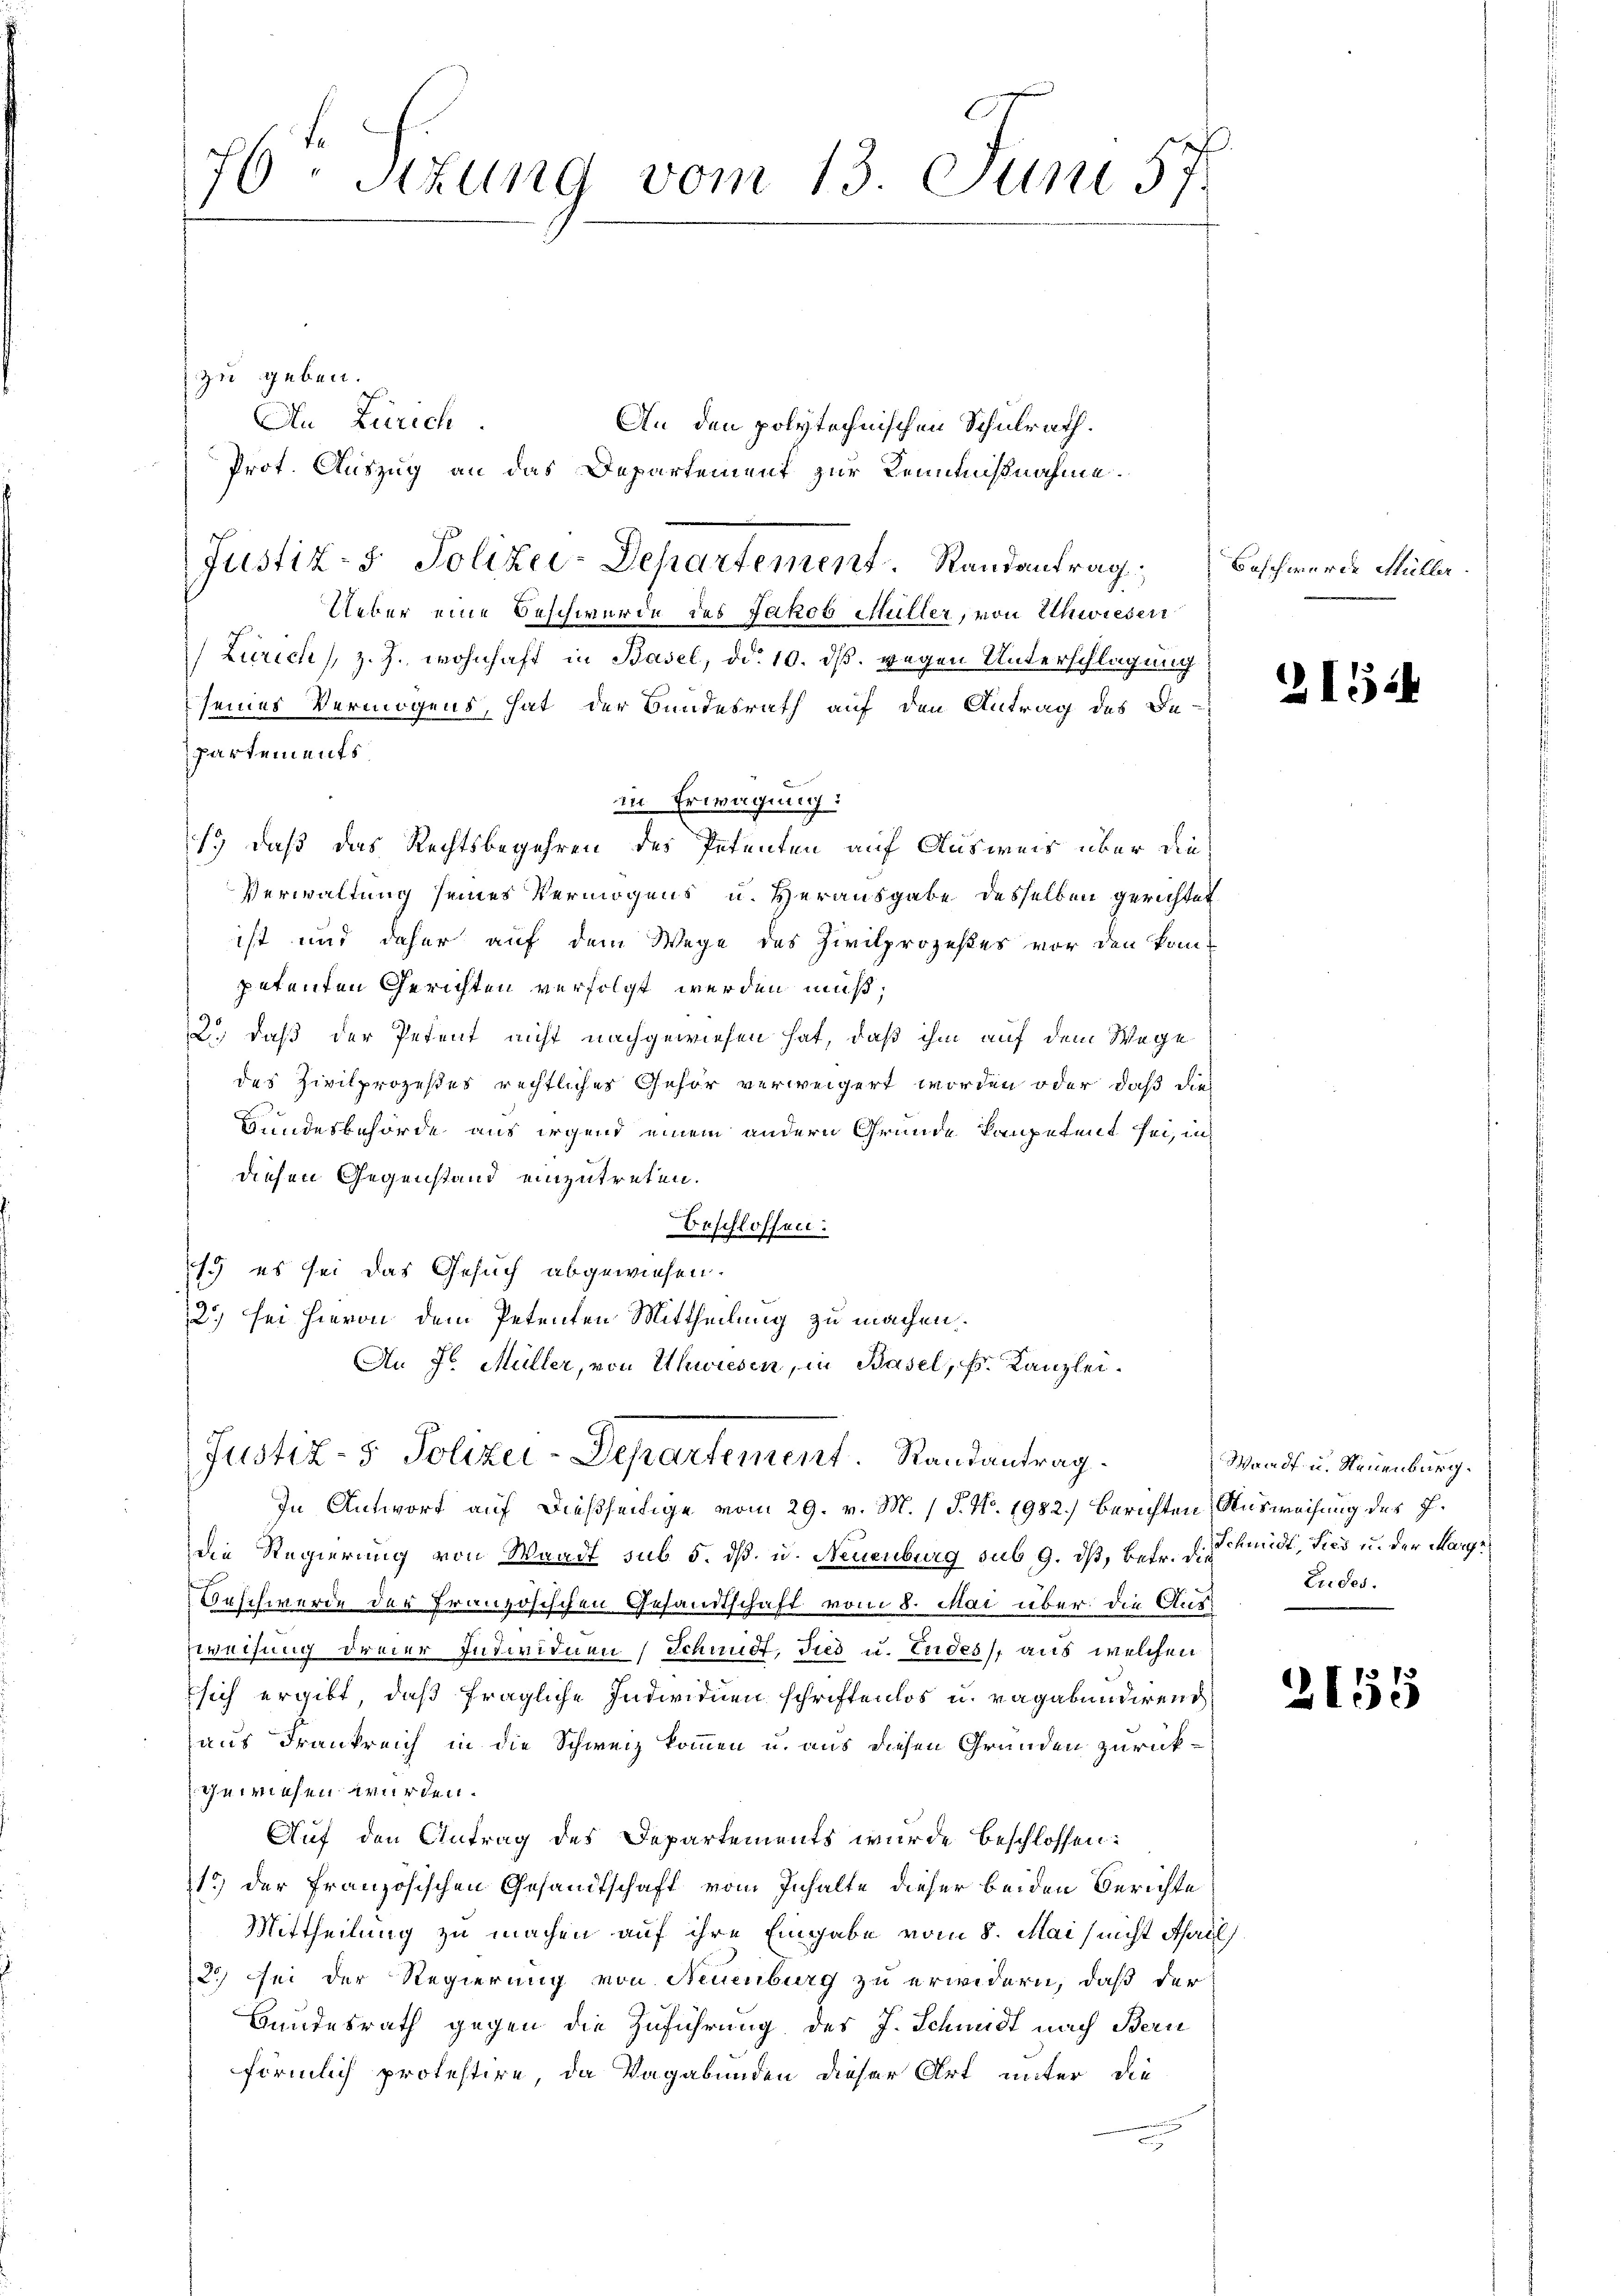
76ten Sizung vom 13. Juni 57.

zu geben.
An Zürich.
Ueber eine Beschwerde des Jakob Müller, von Uhwiesen
Zürich z. J. wohnhaft in Basel, dd. 10. ds. gegen Unterschlagung
seines Vermögens, hat der Bundesrath auf den Antrag des De-
Partements
in Erwägung:
1.) daß das Rechtsbegehren des Petenten auf Ausweis über die
Verwaltung seines Vermögens u. Herausgabe desselben gerichtet
ist und daher auf dem Wege des Zivilprozestes vor den kon-
petenten Gerichten verfolgt werden muß;
2., daß der Petent nicht nachgewiesen hat, daß ihm auf dem Wege
des Zivilprozeßes rechtliches Gehör verweigert worden oder, daß dies
Hundesbehörde aus irgend einem andern Grunde kompetent sei, in
diesen Gegenstand einzutreten.
Beschlossen:
15 es sei das Gesuch abgewiesen.
2) sei hievon dem Petenten Mittheilung zu machen.
An J. Müller, von Uhwiesen, in Basel, k. Kanzlei.

An den polytechnischen Schulrath.
Prot. Auszug an das Departement zur Kenntnißnahme.

Justiz- & Polizei-Departement. Randantrag

Justiz- & Polizei-Departement. Randantrag.

In Antwort auf dießseitige vom 29. v. M. (T. No. 1982.) berichten Ausweisung des J.
die Regierung von Waadt sub 5. dß. u. Neuenburg sub 9. dß, betr. die Kindt, dies u. der Marge¬
Beschwerde der Französischen Gesandtschaft vom 8. Mai über die Auszweifung dreier Individuen Schmidt, dies u. Endes, aus welchen
sich ergibt, daß fragliche Individuen schriftenlos u. ragabundirend
aus Frankreich in die Schweiz kommen u. aus diesen Gründen zurückgewiesen wurden.
Auf den Antrag des Departements wurde beschlossen:
15) der französischen Gesandtschaft vom Inhalte dieser beiden Berichte
Mittheilung zu machen auf ihre Eingabe vom 8. Mai nicht Arils.
25) Sei der Regierung von Neuenburg zu erwidern, daß der
Bundesrath gegen die Zuführung des J. Schmidt nach Bern
förmlich protestire, da Vagabunden dieser Art unter die

Beschwerde Müller

2154

Waadt- u. Neuenburg.
Eudes.

2155